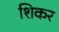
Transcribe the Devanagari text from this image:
शिकर